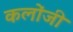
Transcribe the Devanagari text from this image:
कलोंजी